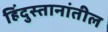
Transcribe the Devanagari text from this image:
हिंदुस्तानांतील